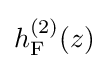
h_{\rm {F}}^{(2)}(z)